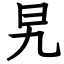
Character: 旯